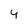
Character: 4